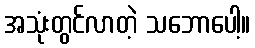
အသုံးတွင်လာတဲ့ သဘောပေါ့။